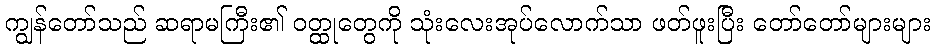
ကျွန်တော်သည် ဆရာမကြီး၏ ဝတ္ထုတွေကို သုံးလေးအုပ်လောက်သာ ဖတ်ဖူးပြီး တော်တော်များများ